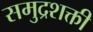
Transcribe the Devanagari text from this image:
समुद्रशक्ती